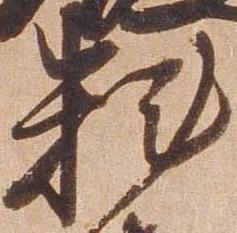
料